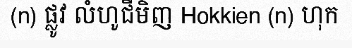
(n) ផ្លូវ លំហូជីមិញ Hokkien (n) ហុក